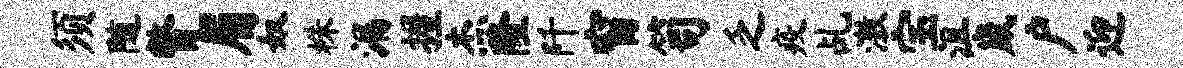
须随瞥眉奴株漏握杰隆阡窗笥乏疫乩激宝沮崴户迎